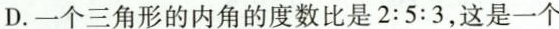
D. 一个三角形的内角的度数比是$$2 : 5 : 3$$，